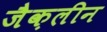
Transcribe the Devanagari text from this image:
जैक़लीन